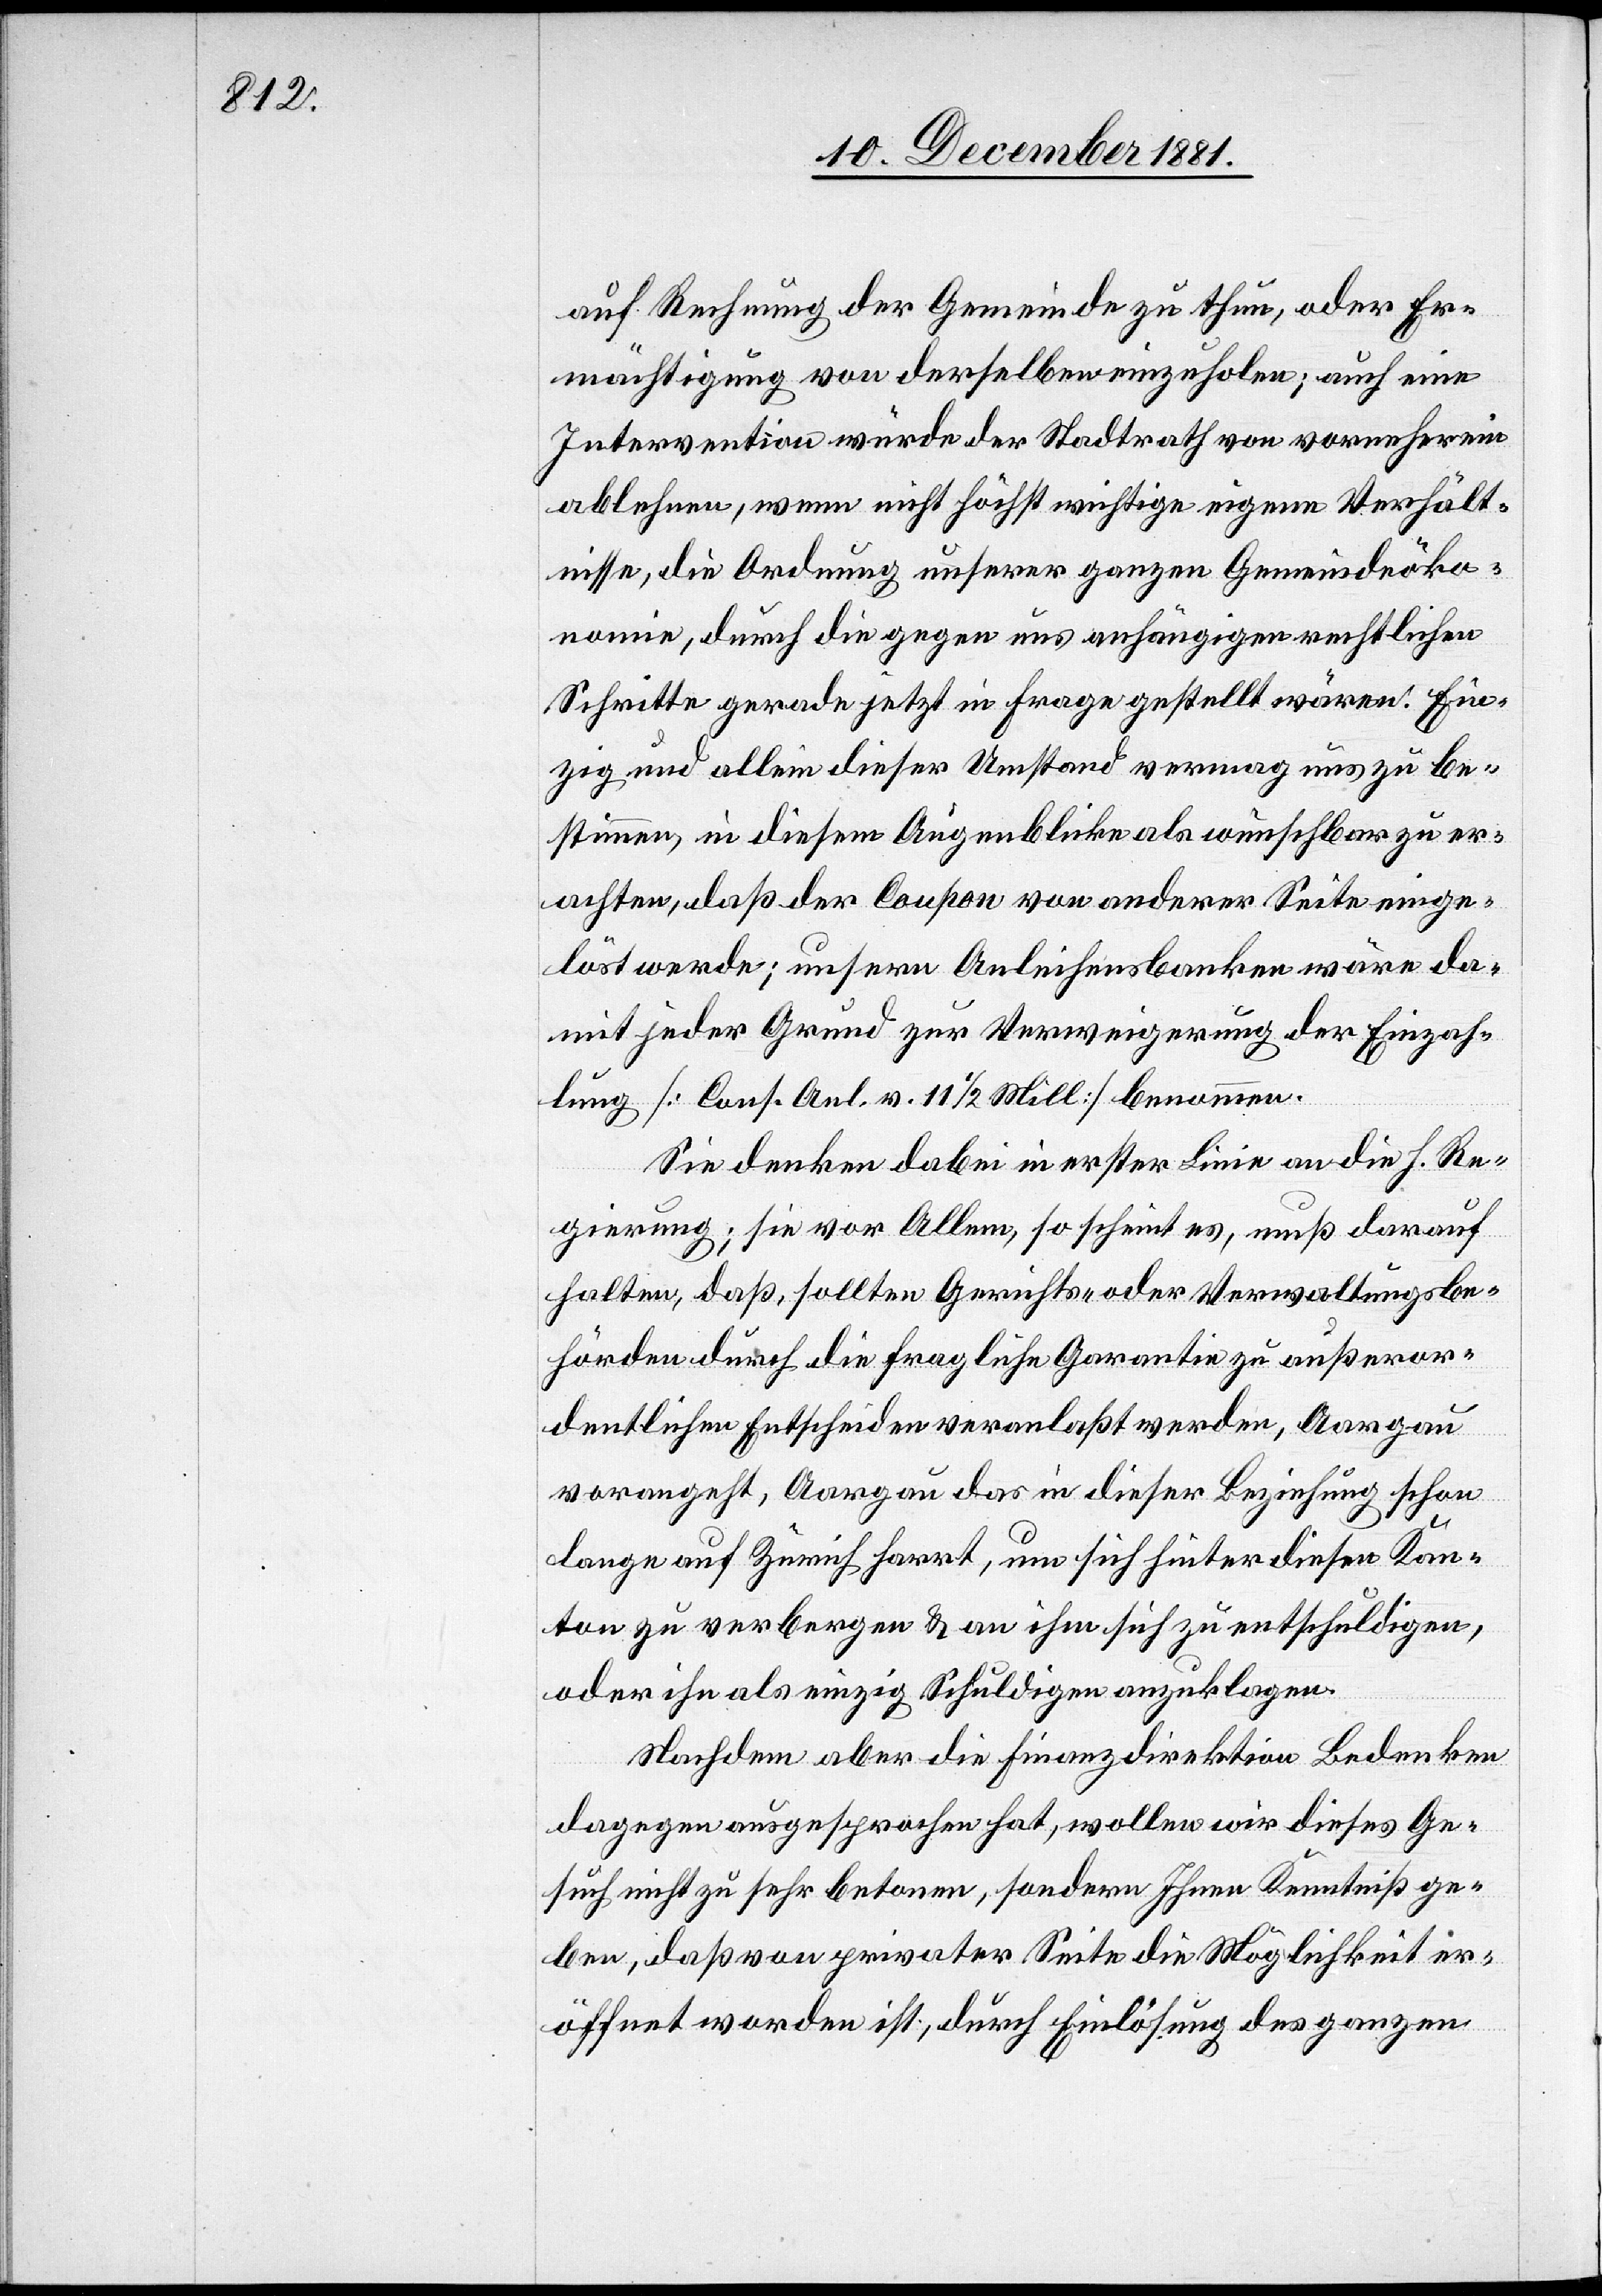
auf Rechnung der Gemeinde zu thun, oder Er¬
mächtigung von derselben einzuholen; auch eine
Intervention würde der Stadtrath von vorneherein
ablehnen, wenn nicht höchst wichtige eigene Verhält¬
nisse, die Ordnung unserer ganzen Gemeindeöko¬
nomie, durch die gegen uns anhängigen rechtlichen
Schritte gerade jetzt in Frage gestellt wären. Ein¬
zig und allein dieser Umstand vermag uns zu be¬
stimmen, in diesem Augenblicke als wünschbar zu er¬
achten, daß der Coupon von anderer Seite einge¬
löst werde; unsere Anleihensbanken wäre da¬
mit jeder Grund zur Verweigerung der Einzah¬
lung [Cons. anl. v. 11 1/2 Mill] benommen.
Sie denken dabei in erster Linie an die h. Re¬
gierung; sie vor Allem, so scheint es, muß darauf
halten, daß, sollten Gerichts- oder Verwaltungsbe¬
hörden durch die fragliche Garantie zu außeror¬
dentlichen Entscheiden veranlaßt werden, Aargau
vorangeht, Aargau das in dieser Beziehung schon
lange auf Zürich harrt, um sich hinter diesen Kan¬
ton zu verbergen & an ihm sich zu entschuldigen,
oder ihn als einzig Schuldigen anzuklagen.
Nachdem aber die Finanzdirektion Bedenken
dagegen ausgesprochen hat, wollen wir dieses Ge¬
such nicht zu sehr betonen, sondern Ihnen Kenntniß ge¬
ben, daß von privater Seite die Möglichkeit er¬
öffnet worden ist, durch Einlösung des ganzen